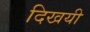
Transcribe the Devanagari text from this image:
दिखयी